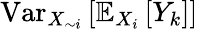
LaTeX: \operatorname{Var}_{X_{\sim i}}\left[\mathbb{E}_{X_{i}}\left[Y_{k}\right]\right]